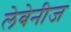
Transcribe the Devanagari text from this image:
लेबेनीज